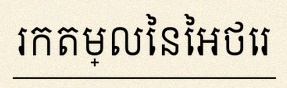
រកតម្លៃនៃអថេរ